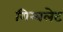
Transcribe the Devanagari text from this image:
गिम्बलेट